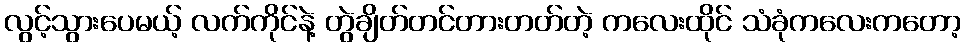
လွင့်သွားပေမယ့် လက်ကိုင်နဲ့ တွဲချိတ်တင်တားတတ်တဲ့ ကလေးထိုင် သံခုံကလေးကတော့